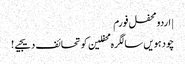
| اردو محفل فورم
چودہویں سالگرہ محفلین کو تحائف دیجیے!